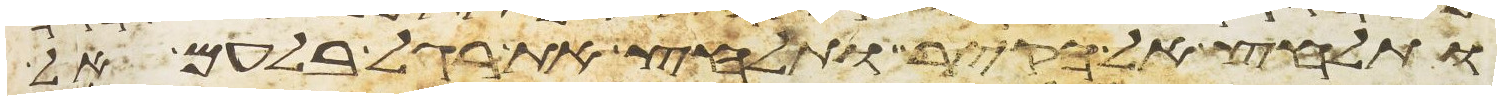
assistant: ותלחץ אל הקיר ותלחץ את רגל בלעם אל